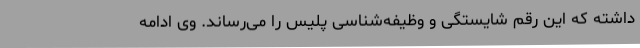
داشته که این رقم شایستگی و وظیفه‌شناسی پلیس را می‌رساند. وی ادامه